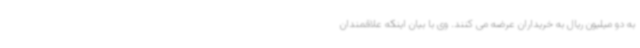
به دو میلیون ریال به خریداران عرضه می کنند. وی با بیان اینکه علاقمندان